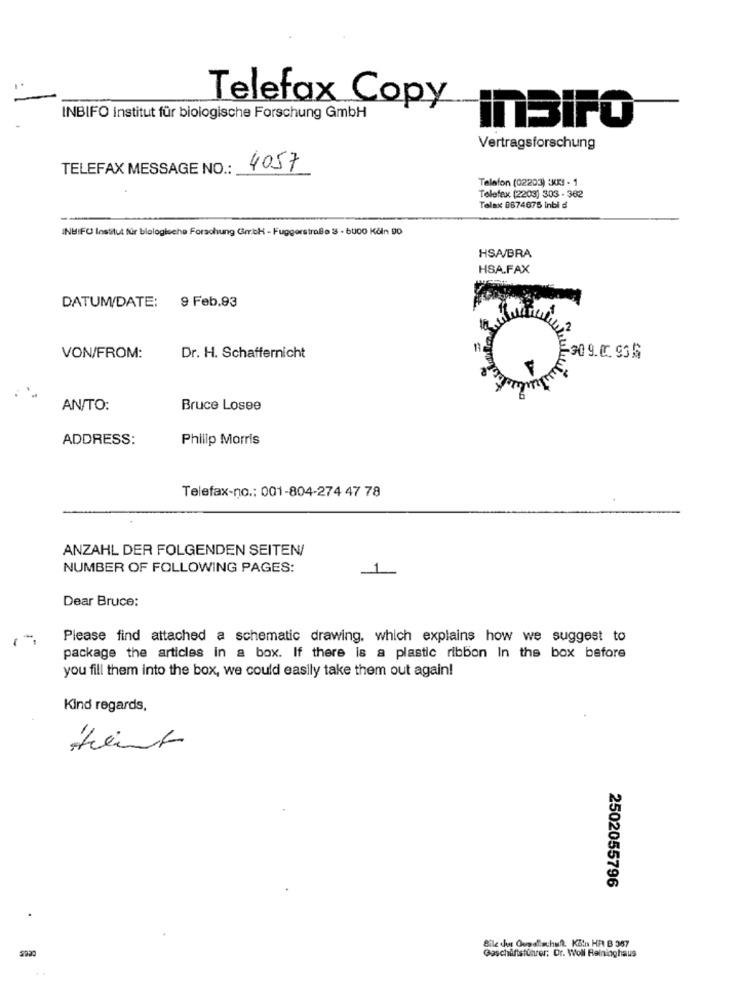
Telefax Copy
INBIFO Institut für biologische Forschung GmbH
InBiFO
Vertragsforschung
TELEFAX MESSAGE NO .:
4057
Telefon (02203) 3KR! - 1
Telefax (2203) 303 - 362
Telax 8674675 Inbi d
INBIFO Institut für blalogische Forschung GmbH - Fuggerstraße 3 - 6000 Kåln 90
HSA/BRA
HSA.FAX
DATUM/DATE:
9 Feb.93
VON/FROM:
Dr. H. Schaffernicht
-30 9.00. 93 G
AN/TO:
Bruce Losee
ADDRESS:
Philip Morris
Telefax-no .: 001-804-274 47 78
ANZAHL DER FOLGENDEN SEITEN/
NUMBER OF FOLLOWING PAGES:
1
Dear Bruce:
Please find attached a schematic drawing, which explains how we suggest to
package the articles in a box. If there is a plastic ribbon In the box before
you fill them into the box, we could easily take them out again!
Kind regards,
2502055796
Bile det Guyslachutt Kin HA B 387
Geschäftsführer: Dr. Woll Relninghaus